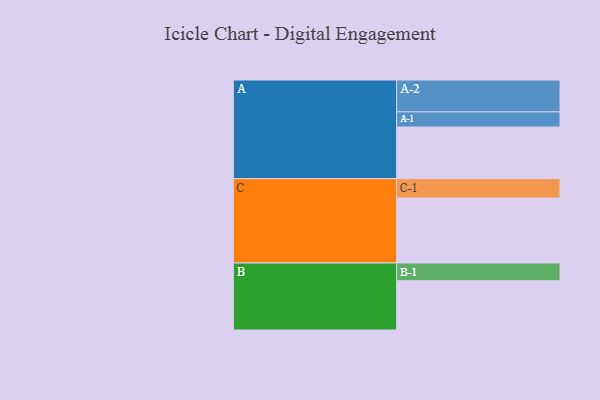
{"axis": {"x": "Segment", "y": "Value"}, "legend": ["", "A", "B", "C"], "data": [{"x": "A", "y": 360, "type": ""}, {"x": "B", "y": 343, "type": ""}, {"x": "C", "y": 453, "type": ""}, {"x": "A-1", "y": 106, "type": "A"}, {"x": "A-2", "y": 222, "type": "A"}, {"x": "B-1", "y": 124, "type": "B"}, {"x": "C-1", "y": 135, "type": "C"}]}